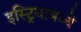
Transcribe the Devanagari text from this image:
इस्ट्रियामध्ये